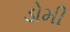
ડોમી